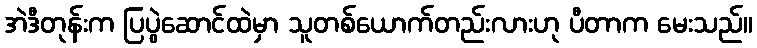
အဲဒီတုန်းက ပြပွဲဆောင်ထဲမှာ သူတစ်ယောက်တည်းလားဟု ပီတာက မေးသည်။